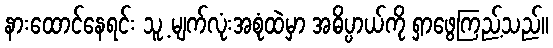
နားထောင်နေရင်း သူ့ မျက်လုံးအစုံထဲမှာ အဓိပ္ပာယ်ကို ရှာဖွေကြည့်သည်။